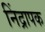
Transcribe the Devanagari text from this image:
निंद्रापक